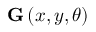
{ \bf G } \left( x , y , \theta \right)